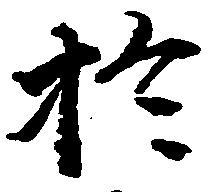
於